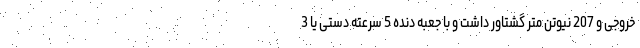
خروجی و 207 نیوتن متر گشتاور داشت و با جعبه دنده 5 سرعته دستی یا 3